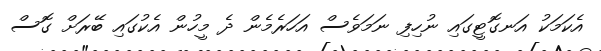
އެކަމަކު އަނގޮޓީގައި ނުހިފި ނަމަވެސް އަހަރެމެން ދެ މީހުން އެކުގައި ބޭރަށް ގޮސް